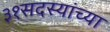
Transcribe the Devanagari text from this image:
३१सदस्यांच्या